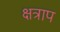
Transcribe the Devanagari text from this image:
क्षत्राप